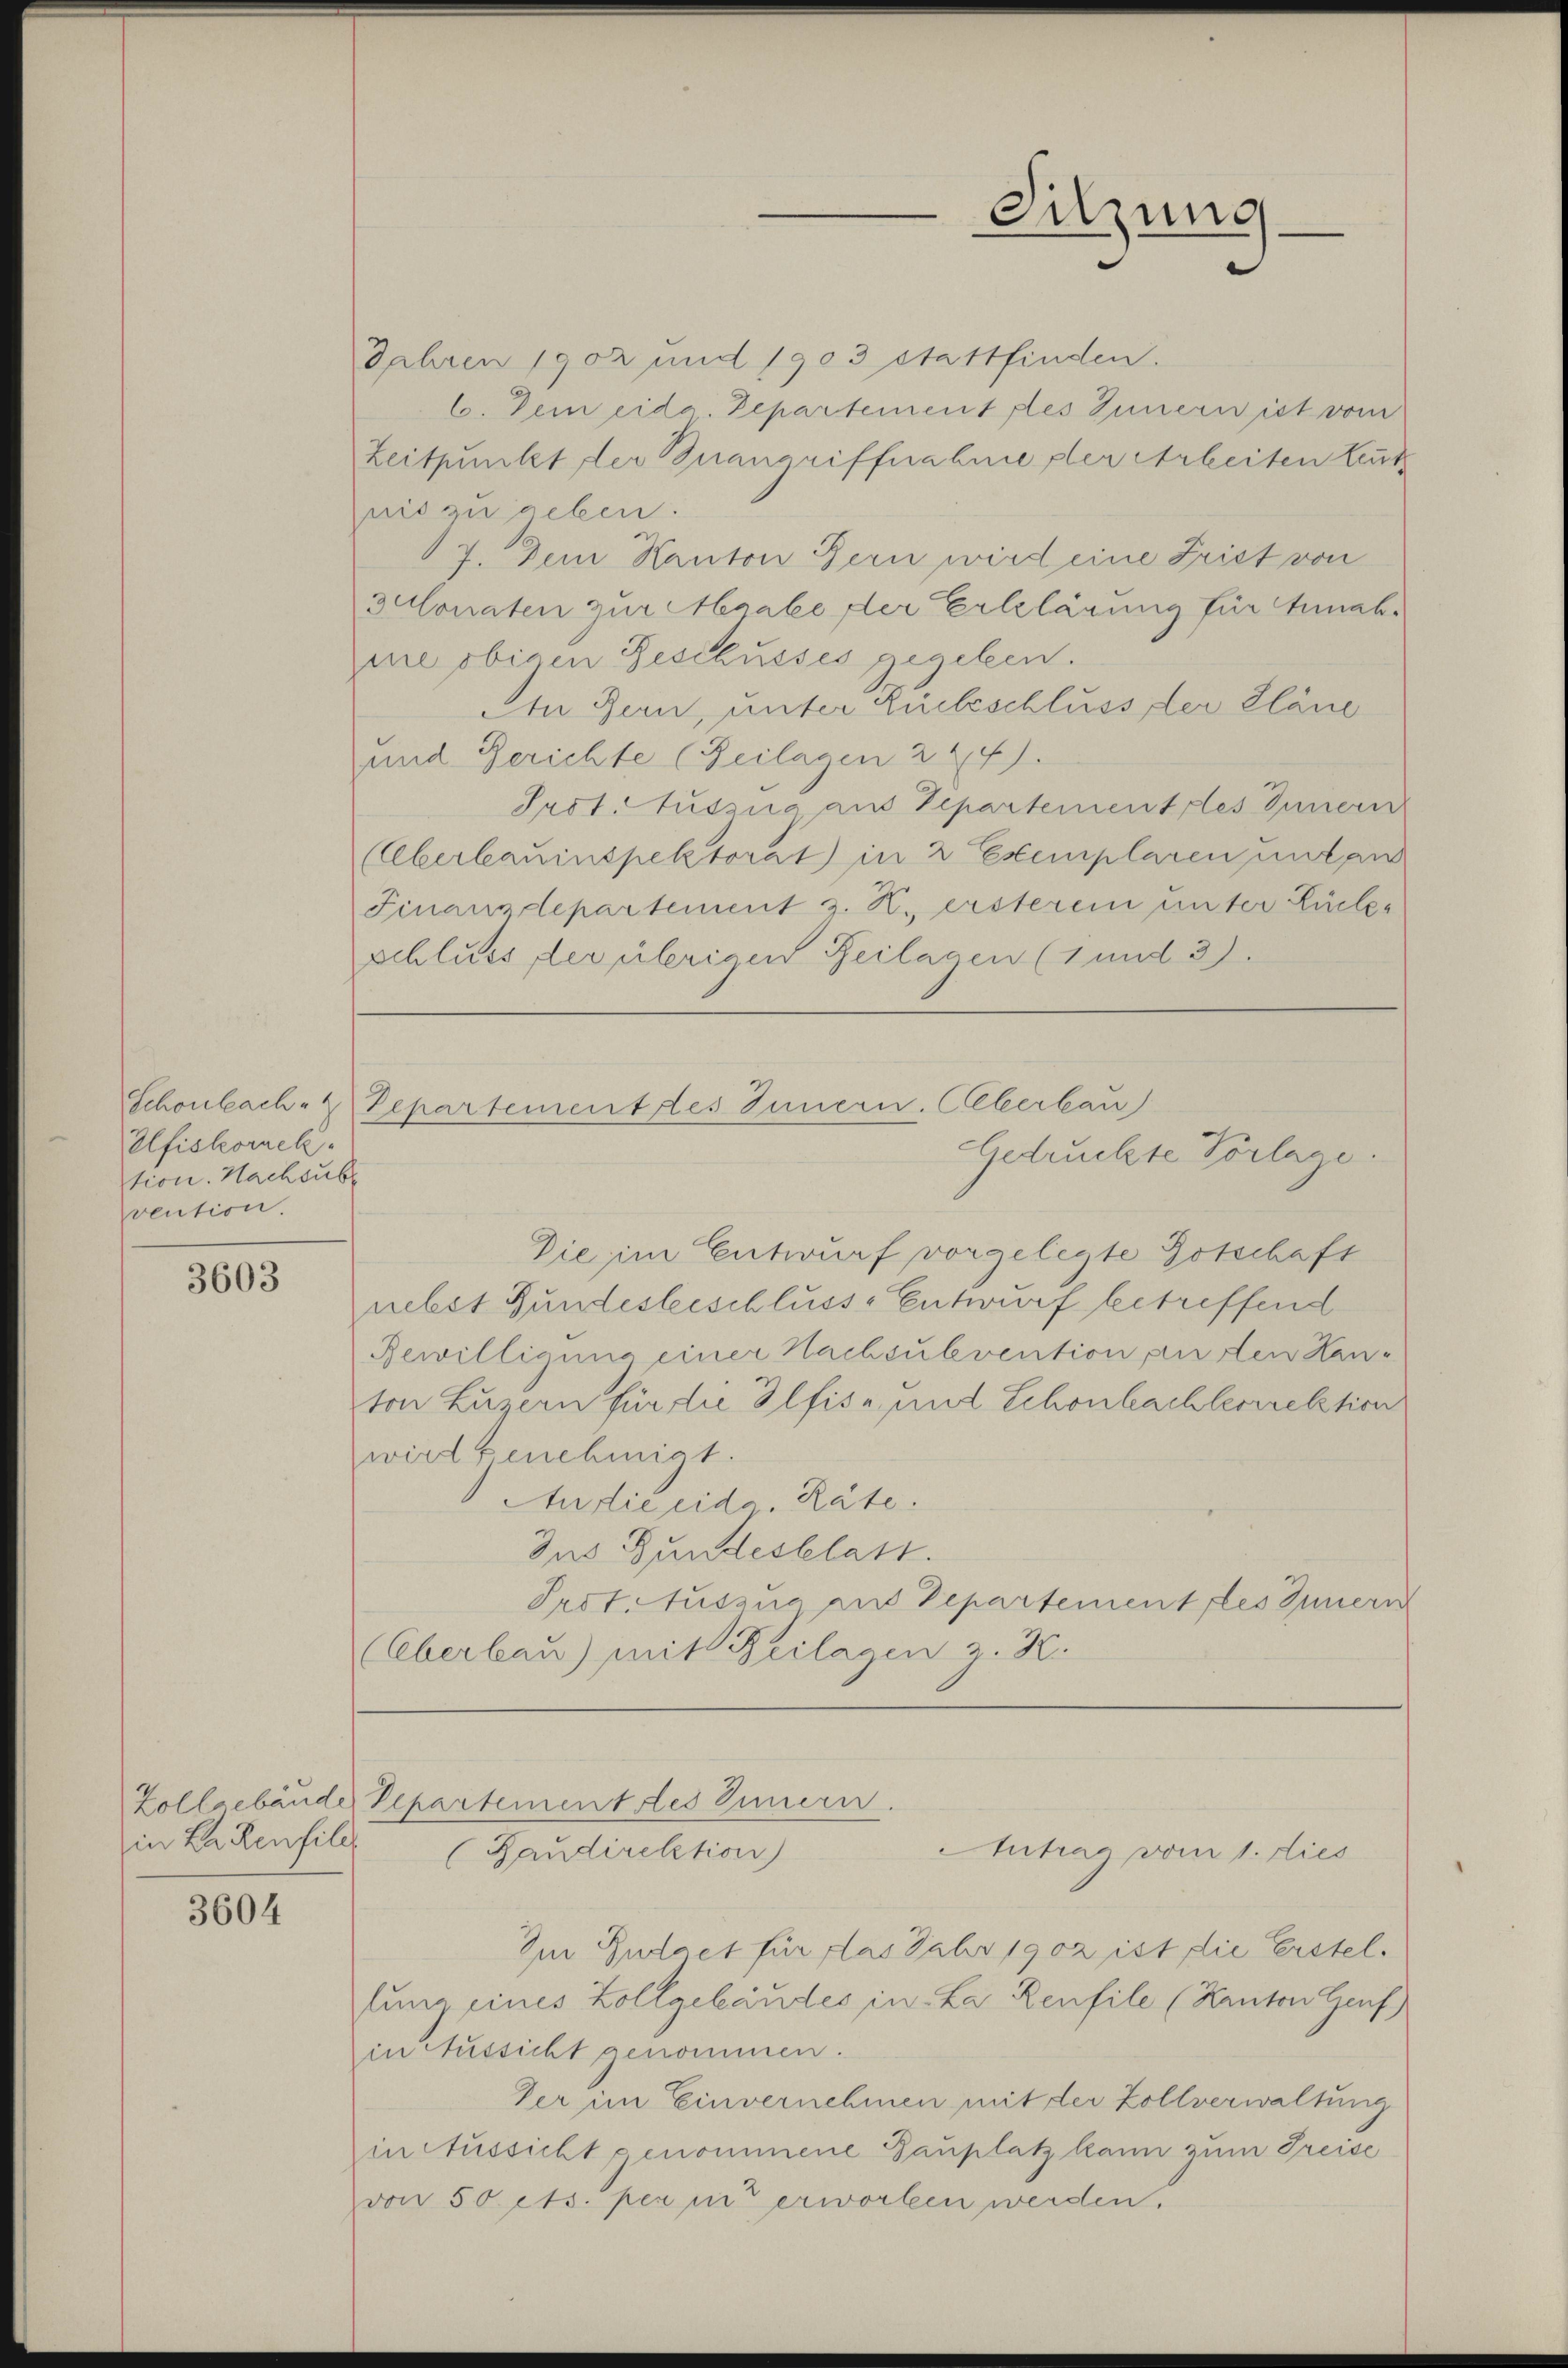
Schönbach. 2
Ulfiskorneh
tion. Nachsube
vention.

3603

3604

Jahren 1902 und 1903 stattfinden.
6. Dem eida. Departement des Innern ist vom
Zeitpunkt der Buangriffnahme der Arbeiten Leut
pnis zu geben.
17. Dem Kanton Bern wird eine Frist von
sulonaten zur Maabe der Erlelärung für Annah¬
Die obigen Geschusses gegeben.
An Bern, unter Liebeschluss der Pläne
und Berichte (Beilagen 244).
Irst. Auszug aus Departement des Innern
(Oberbauinspektorat in 2 Exemplaren unten
Finanzdepartement z. K. ersterem unter Lückes
schluss, der übrigen Beilagen (1 und 3)

Sitzung

epartementes Innern. Allerbau
Gedruckte Vorlage.

Die im Entwurf vorgelegte Botschaft
nebst Bundesterschlusse Entwurf betreffend
Bewilligung einer Nachsubvention, an den Hanton Luzern für die Plfise, und Schönbachterirektion
wird genehmigt.
Audie eide Räte.
Zus Bundesblatt.
Irot. Nussna ins Departement les Innern
(Oberbau) mit Beilagen z. K.

Zollgebäude Departement les Innern.
in Hakenfile (Baudirektion)
Intrag vom 1. dies

Im Gudaet für das Fahr 1902 ist die Erstellung eines Zollgebäudes in La Reufile (Kanton Genf)
in Aussicht genommen.
Der im Einvernehmen mit der Zollverwaltung
in Aussicht genommene Bauplatz kann zum Preise
von 50 cts. per in erworben werden.